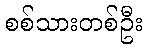
စစ်သားတစ်ဦး